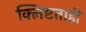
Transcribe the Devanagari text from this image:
क्लिष्टताही